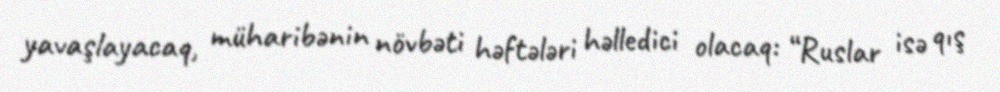
yavaşlayacaq, müharibənin növbəti həftələri həlledici olacaq: “Ruslar isə qış